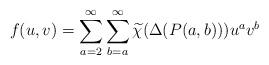
LaTeX: \begin{align*} f(u,v) = \sum_{a=2}^{\infty} \sum_{b=a}^{\infty} \widetilde{\chi}(\Delta(P(a,b))) u^a v^b \end{align*}